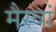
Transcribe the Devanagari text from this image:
मैरवां